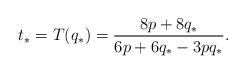
LaTeX: \begin{align*} t_*=T(q_*)=\frac{8p+8q_*}{6p+6q_*-3pq_*}.\end{align*}